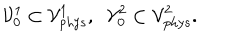
LaTeX: { \cal V } _ { 0 } ^ { 1 } \subset { \cal V } _ { \mathrm { p h y s } } ^ { 1 } , \; \; { \cal V } _ { 0 } ^ { 2 } \subset { \cal V } _ { \mathrm { p h y s } } ^ { 2 } .